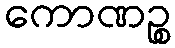
ကောဏဉ္စ